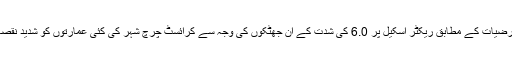
ماہرین ارضیات کے مطابق ریکٹر اسکیل پر 6.0 کی شدت کے ان جھٹکوں کی وجہ سے کرائسٹ چرچ شہر کی کئی عمارتوں کو شدید نقصان پہنچا۔